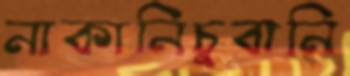
নাকানিচুবানি